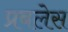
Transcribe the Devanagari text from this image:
प्रबलेस